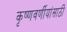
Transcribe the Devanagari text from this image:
कृष्णवर्णीयांसाठी